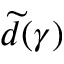
\widetilde d ( \gamma )